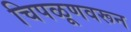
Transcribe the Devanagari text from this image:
चिपळूणवरून